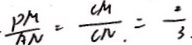
\cdot \frac { P M } { A N } = \frac { C M } { C N . } = \frac { 2 } { 3 } .